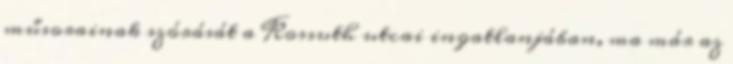
műsorainak szórását a Kossuth utcai ingatlanjában, ma már az